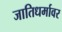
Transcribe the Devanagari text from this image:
जातिधर्मावर